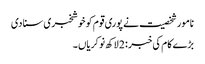
نامور شخصیت نے پوری قوم کو خوشخبری سنا دی
بڑے کام کی خبر : 2 لاکھ نوکریاں ۔